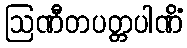
ဩဏီတပတ္တပါဏိံ